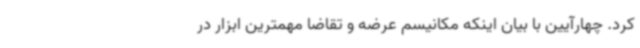
کرد. چهارآیین با بیان اینکه مکانیسم عرضه و تقاضا مهمترین ابزار در